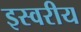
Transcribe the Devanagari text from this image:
इस्वरीय